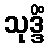
သုဒ္ဒိံ